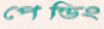
পেন্ডিং